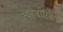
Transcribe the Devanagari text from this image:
व्यहवारिक